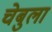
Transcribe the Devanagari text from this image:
चेबुला